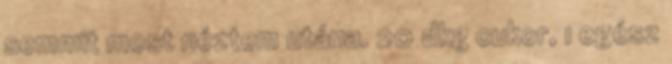
semmit most néztem utána. 20 dkg cukor, 1 egész